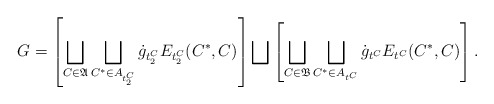
\begin{align*} G= \left[\bigsqcup_{C\in \frak A}\bigsqcup_{C^*\in A_{t_2^C}}\dot{g}_{t_2^C} E_{t_2^C}(C^*,C)\right]\bigsqcup\left[\bigsqcup_{C\in \frak B}\bigsqcup_{C^*\in A_{t^C} }\dot{g}_{t^C} E_{t^C}(C^*,C)\right].\end{align*}